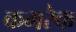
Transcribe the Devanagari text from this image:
कमरेक